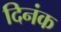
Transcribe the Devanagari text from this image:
दिनंक